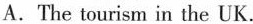
A.The tourism in the UK.